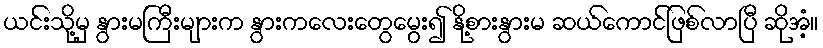
ယင်းသို့မှ နွားမကြီးများက နွားကလေးတွေမွေး၍ နို့စားနွားမ ဆယ်ကောင်ဖြစ်လာပြီ ဆိုအံ့။